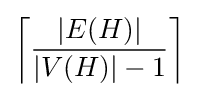
\left\lceil {\frac {|E(H)|}{|V(H)|-1}}\right\rceil